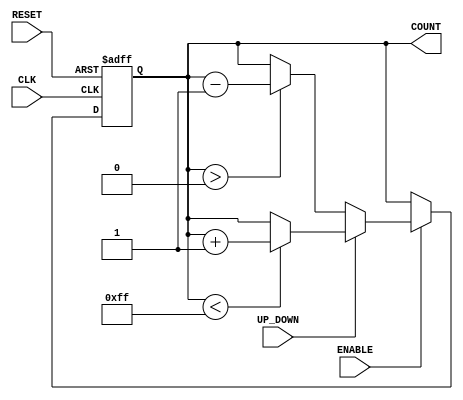
module UpDownCounter (
    input wire CLK,            // Clock input
    input wire RESET,          // Asynchronous reset
    input wire ENABLE,         // Count enable
    input wire UP_DOWN,        // Count direction control (1 = up, 0 = down)
    output reg [7:0] COUNT     // Output count (8-bit)
);

    // Define maximum and minimum count values
    parameter MAX_COUNT = 8'hFF; // Maximum count value (255)
    parameter MIN_COUNT = 8'h00; // Minimum count value (0)

    // Asynchronous reset and counting logic
    always @(posedge CLK or posedge RESET) begin
        if (RESET) begin
            COUNT <= MIN_COUNT; // Reset count to minimum value
        end else if (ENABLE) begin
            if (UP_DOWN) begin
                // Count up
                if (COUNT < MAX_COUNT) begin
                    COUNT <= COUNT + 1;
                end
            end else begin
                // Count down
                if (COUNT > MIN_COUNT) begin
                    COUNT <= COUNT - 1;
                end
            end
        end
    end

endmodule